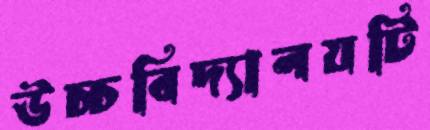
উচ্চবিদ্যালয়টি